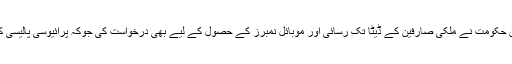
اسی ملاقات میں پاکستان حکومت نے ملکی صارفین کے ڈیٹا تک رسائی اور موبائل نمبرز کے حصول کے لیے بھی درخواست کی جوکہ پرائیوسی پالیسی کے تحت رد کردی گئی۔